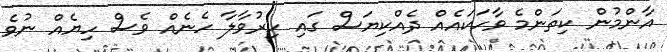
އާންމުން ކިތަންމެ ވާހަކައެއް ދެއްކިޔަސް ގައި ހިރުވާލާ ހެނެއް ވެސް ހިޔެއް ނުވެ